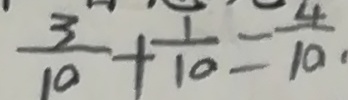
\frac { 3 } { 1 0 } + \frac { 1 } { 1 0 } = \frac { 4 } { 1 0 } .